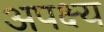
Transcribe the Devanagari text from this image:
अपक्ष्य